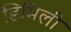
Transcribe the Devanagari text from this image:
डिमिली